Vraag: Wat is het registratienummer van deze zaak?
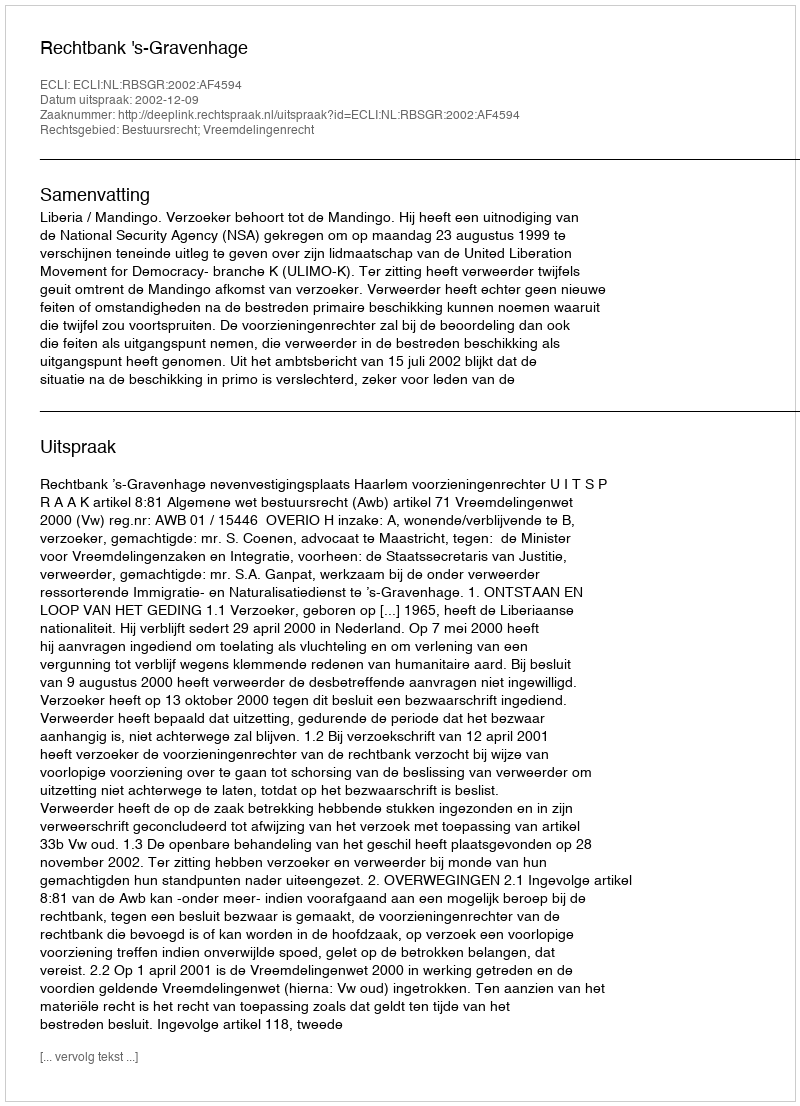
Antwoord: http://deeplink.rechtspraak.nl/uitspraak?id=ECLI:NL:RBSGR:2002:AF4594